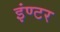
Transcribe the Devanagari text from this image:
इंण्टर